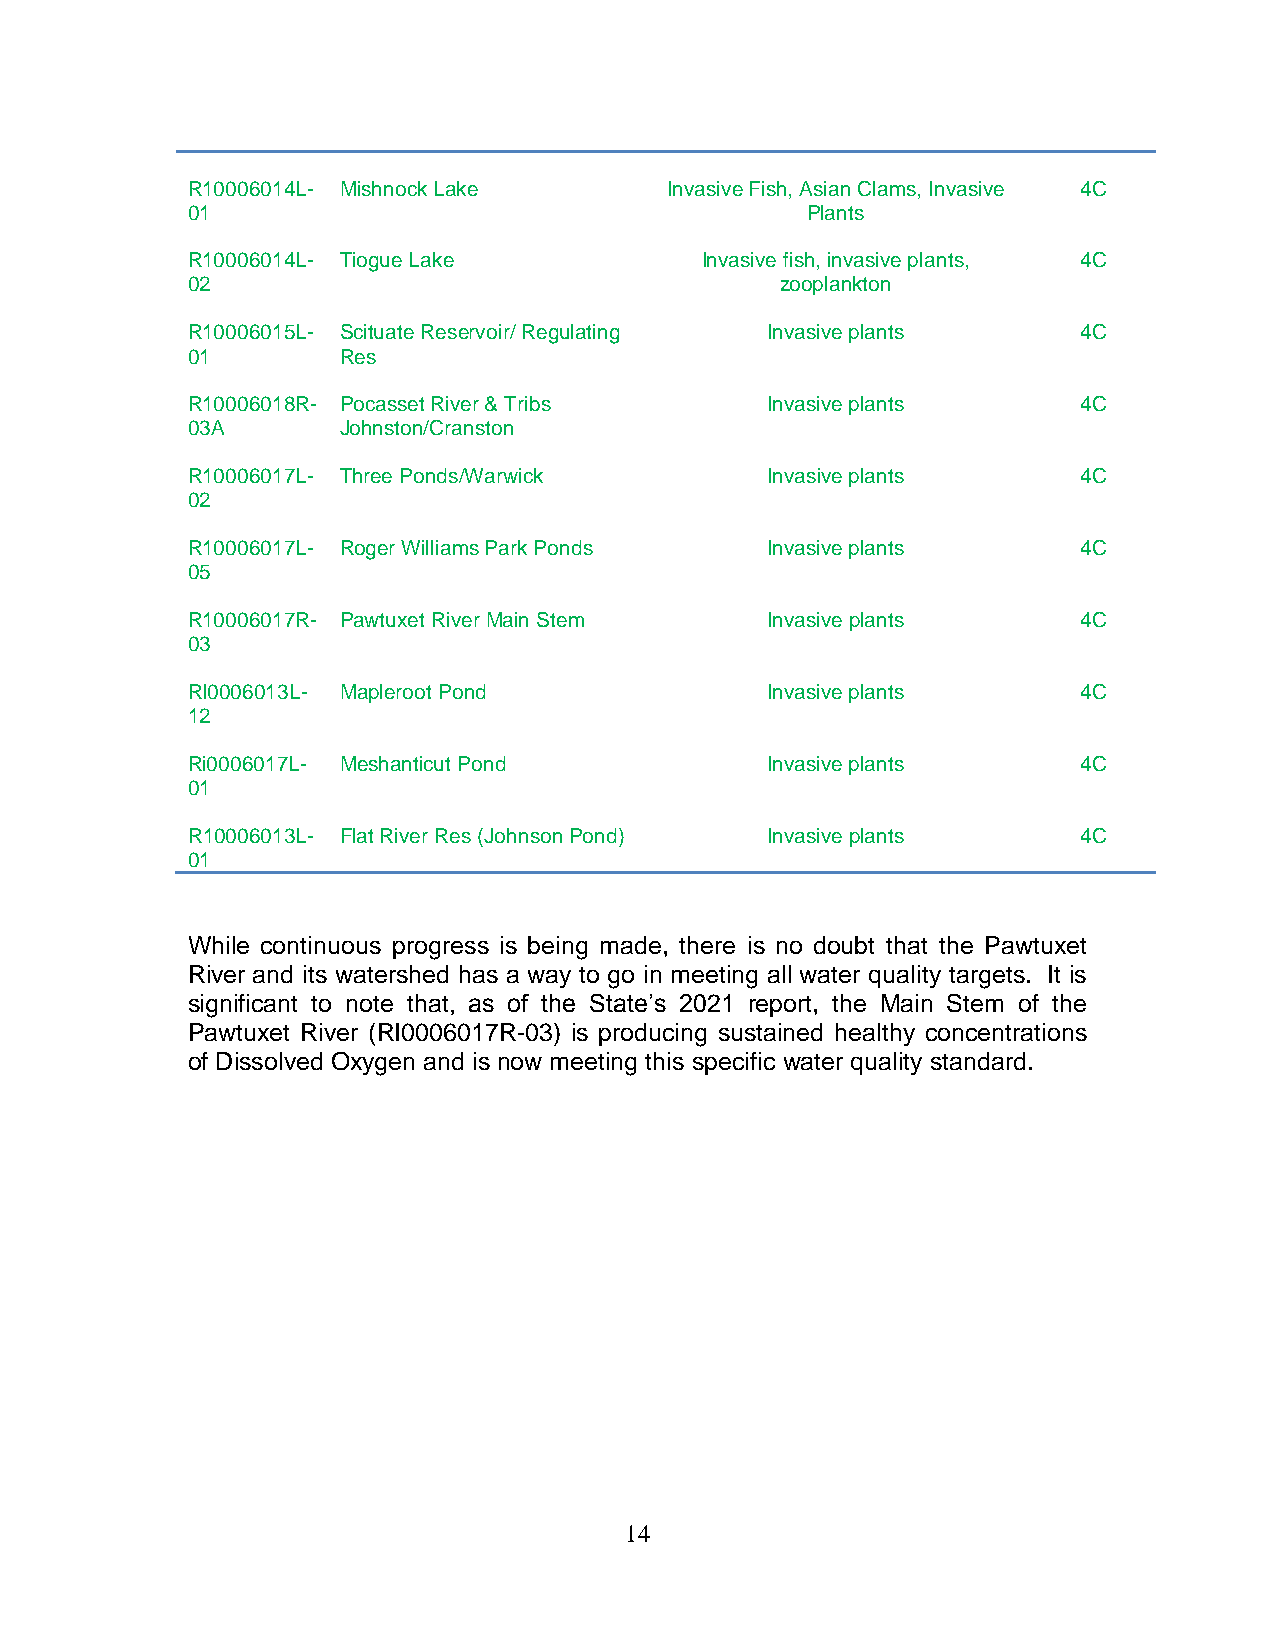
R10006014L- Mishnock Lake       Invasive Fish, Asian Clams, Invasive 4C
 01                                       Plants
 R10006014L- Tiogue Lake           Invasive fish, invasive plants, 4C
 02                                      zooplankton
 R10006015L- Scituate Reservoir/ Regulating Invasive plants  4C
 01        Res
 R10006018R- Pocasset River & Tribs     Invasive plants      4C
 03A       Johnston/Cranston
 R10006017L- Three Ponds/Warwick        Invasive plants      4C
 02
 R10006017L- Roger Williams Park Ponds  Invasive plants      4C
 05
 R10006017R- Pawtuxet River Main Stem   Invasive plants      4C
 03
 RI0006013L- Mapleroot Pond             Invasive plants      4C
 12
 Ri0006017L- Meshanticut Pond           Invasive plants      4C
 01
 R10006013L- Flat River Res (Johnson Pond) Invasive plants   4C
 01
 While continuous progress is being made, there is no doubt that the Pawtuxet
 River and its watershed has a way to go in meeting all water quality targets. It is
 significant to note that, as of the State’s 2021 report, the Main Stem of the
 Pawtuxet River (RI0006017R-03) is producing sustained healthy concentrations
 of Dissolved Oxygen and is now meeting this specific water quality standard.
 14